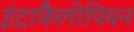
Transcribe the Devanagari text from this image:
इंट्राफ़ैलोपियन